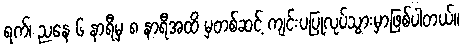
ရက်၊ ညနေ ၆ နာရီမှ ၈ နာရီအထိ မှတစ်ဆင့် ကျင်းပပြုလုပ်သွားမှာဖြစ်ပါတယ်။